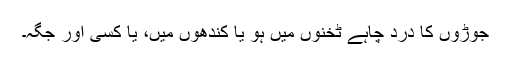
جوڑوں کا درد چاہے ٹخنوں میں ہو یا کندھوں میں، یا کسی اور جگہ۔